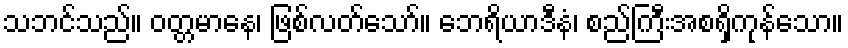
သဘင်သည်။ ဝတ္တမာနေ၊ ဖြစ်လတ်သော်။ ဘေရိယာဒီနံ၊ စည်ကြီးအစရှိကုန်သော။